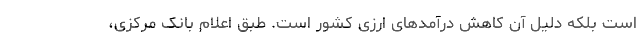
است بلکه دلیل آن کاهش درآمدهای ارزی کشور است. طبق اعلام بانک مرکزی،